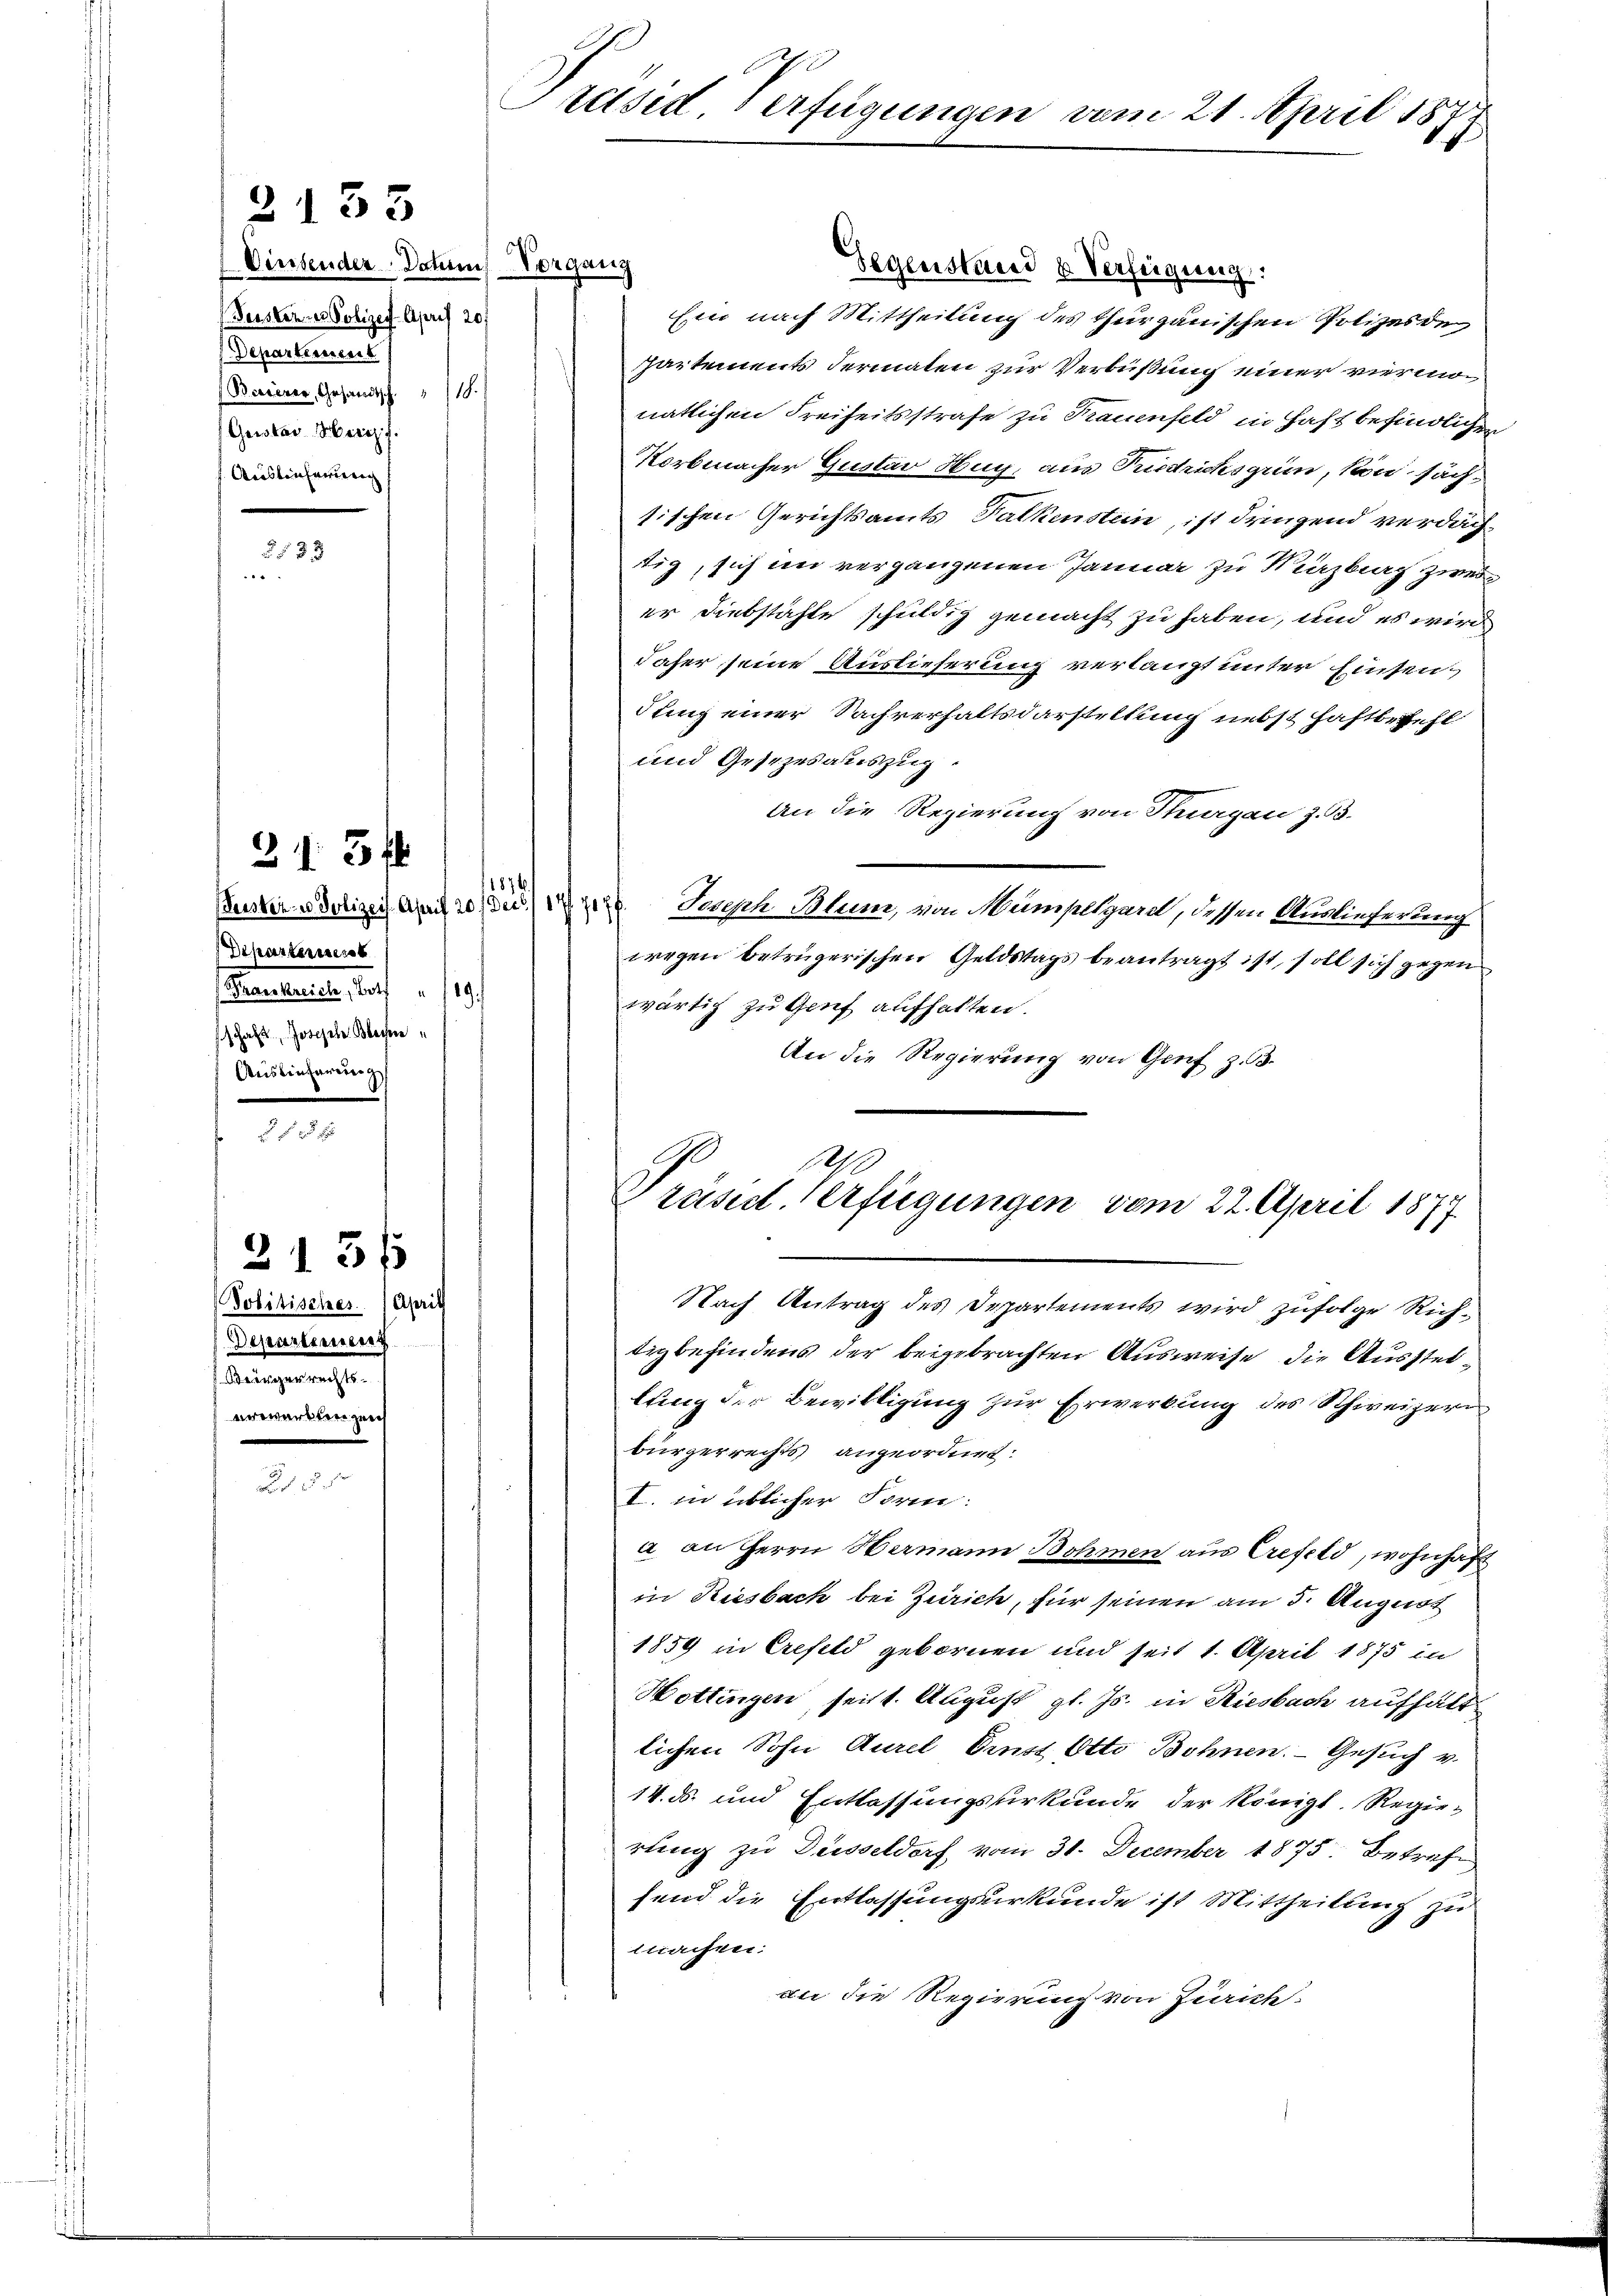
Diessender. Dahin Vorgang
Geister- u Polizey-April 20.
Departement
Barierer, Gesandtsch. 18.
Gerstav Herzf
Aristinsamung

2153

31. 34

252 x

Diparterrest
aenden, das
schaft, Joseph Blechte
Auslieferung

2131
Politisches (April
Departinueng
Aeningetrachten

Präsid. Verfügungen vom 21. April 187
i

Gegenstand u Verfügung:
Ein nach Mittheilung des Thurgauischen Polizes de
partements dermalen zur Verbüßung einer viermonatlichen Freiheitsstrafe zu Trauenfeld in Haft befindlichen
Korbmacher Gustav Hug, aus Priedrichsgrin, von sächsischen Gerichtsamts Talkenstein, ist dringend verdächtig, sich im vergangenen Januar zu Marzburg zweier Diebstähle schuldig gemacht zu haben, und es wird
daher seine Auslieferung verlangt unter Einsent
dung einer Sachverhaltsdarstellung nebst Haftbefehl
und Gesezesauszug.
An die Regierung von Thurgau z. B.
Suster vorliegen Seph Blum, von Mumpelgard, dessen Auslieferung
wegen betrügerischen Geldstags beantragt ist, soll sich gegen
wärtig zu Genf aufhalten.
An die Regierung von Genf z. B.
a
Präsid. Verfügungen vom 22. April 1877
Nach Antrag des Departements wird zufolge Richtigbefindens der beigebrachten Ausweise, die Ausstellung der Bewilligung zur Erwerbung des Schweizeri
bürgerrechts angeordnet.
I. in üblicher Form:
a an Herrn Hermann Bohmen aus Crefeld, wohnhaft
in Riesbach bei Zürich, für seinen am 5. August
1859 in Crefeld gebornen und seit 1. April 1875 in
Hottingen, seit 1. August gl. Js. in Riesbach aufhältlichen Sohn Aurel Einst Otto Bohnen. Gesuch v.
14. ds. und Entlassungsurkunde der Königl. Regie-
rung zu Düsseldorf, vom 31. December 1875. Betrafe
fend die Entlassungsurkunde ist Mittheilung zu
machen.
ane die Regierung von Zürich